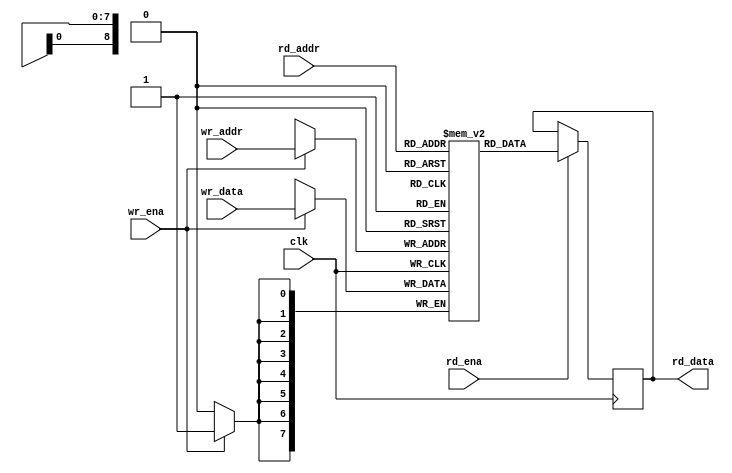
module ram_sdp #(
	parameter integer AWIDTH = 9,
	parameter integer DWIDTH = 8
)(
	input  wire [AWIDTH-1:0] wr_addr,
	input  wire [DWIDTH-1:0] wr_data,
	input  wire wr_ena,

	input  wire [AWIDTH-1:0] rd_addr,
	output reg  [DWIDTH-1:0] rd_data,
	input  wire rd_ena,

	input  wire clk
);
	// Signals
	reg [DWIDTH-1:0] ram [(1<<AWIDTH)-1:0];

`ifdef SIM
	integer i;
	initial
		for (i=0; i<(1<<AWIDTH); i=i+1)
			ram[i] = 0;
`endif

	always @(posedge clk)
	begin
		// Read
		if (rd_ena)
			rd_data <= ram[rd_addr];

		// Write
		if (wr_ena)
			ram[wr_addr] <= wr_data;
	end

endmodule